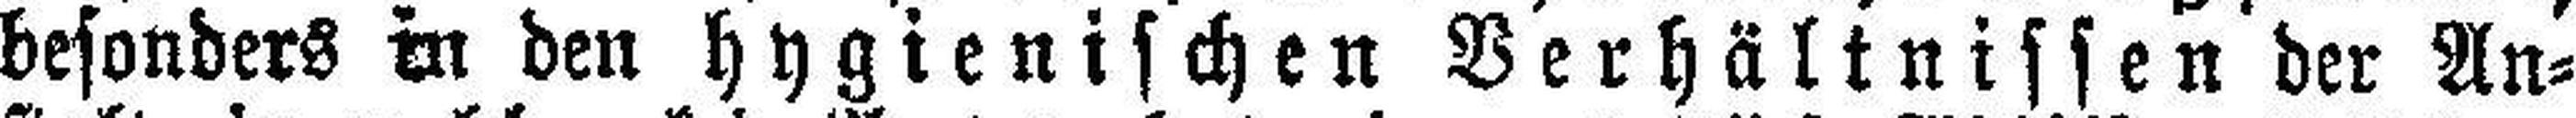
besonders in den hygienischen Verhältnissen der An¬